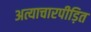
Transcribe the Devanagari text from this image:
अत्याचारपीड़ित